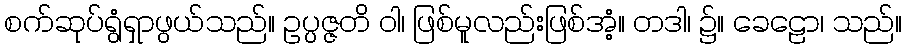
စက်ဆုပ်ရွံရှာဖွယ်သည်။ ဥပ္ပဇ္ဇတိ ဝါ၊ ဖြစ်မူလည်းဖြစ်အံ့။ တဒါ၊ ၌။ ခေဠော၊ သည်။